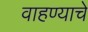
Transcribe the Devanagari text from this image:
वाहण्याचे